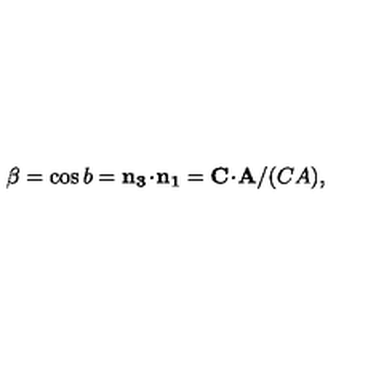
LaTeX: \beta = \cos { b } = { \bf n _ { 3 } \! \cdot \! n _ { 1 } } = { \bf C \! \cdot \! A } / ( C A ) ,